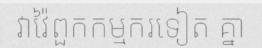
វាវ៉ៃពួកកម្មករទៀត គ្នា